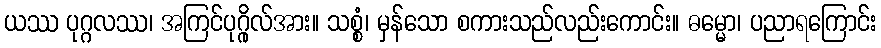
ယဿ ပုဂ္ဂလဿ၊ အကြင်ပုဂ္ဂိုလ်အား။ သစ္စံ၊ မှန်သော စကားသည်လည်းကောင်း။ ဓမ္မော၊ ပညာရကြောင်း